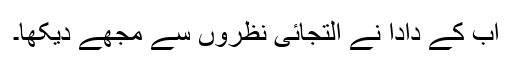
اب کے دادا نے التجائی نظروں سے مجھے دیکھا۔